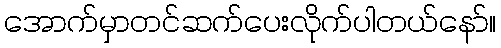
အောက်မှာတင်ဆက်ပေးလိုက်ပါတယ်နော်။